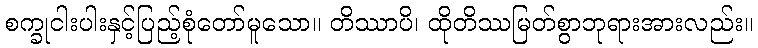
စက္ခုငါးပါးနှင့်ပြည့်စုံတော်မူသော။ တိဿာပိ၊ ထိုတိဿမြတ်စွာဘုရားအားလည်း။